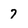
Character: 7